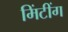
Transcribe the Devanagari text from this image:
मिंटींग